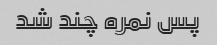
پس نمره چند شد